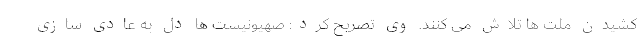
کشیدن ملت ها تلاش می کنند. وی تصریح کرد: صهیونیست ها دل به عادی سازی